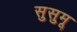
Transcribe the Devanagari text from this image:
सुसुमू